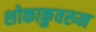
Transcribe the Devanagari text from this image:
शोकाकुवरुन